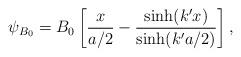
LaTeX: \begin{align*}\psi_{B_{0}}=B_{0}\left[\frac{x}{a/2}-\frac{\sinh(k'x)}{\sinh(k'a/2)}\right],\end{align*}